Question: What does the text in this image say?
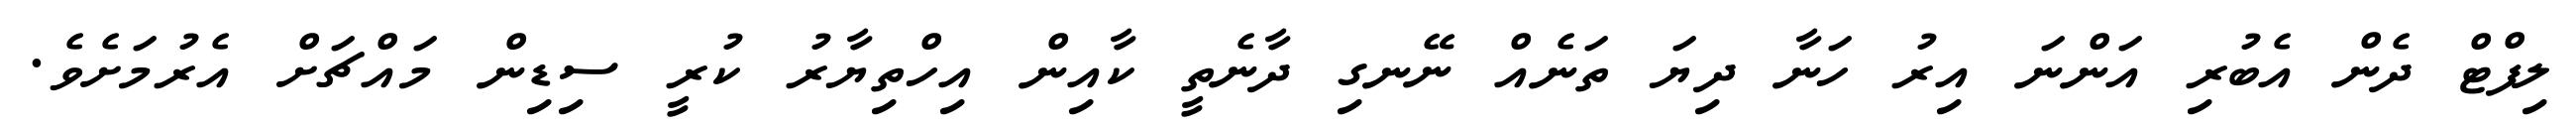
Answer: ލިފްޓް ދެން އެބުރި އަންނަ އިރު ހަނާ ދިޔަ ތަނެއް ނޭނގި ދާނެތީ ކާއިން އިހްތިޔާރު ކުރީ ސިޑިން މައްޗަށް އެރުމަށެވެ.